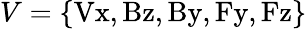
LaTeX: V=\{ \mathrm{Vx,Bz,By,Fy,Fz}\}